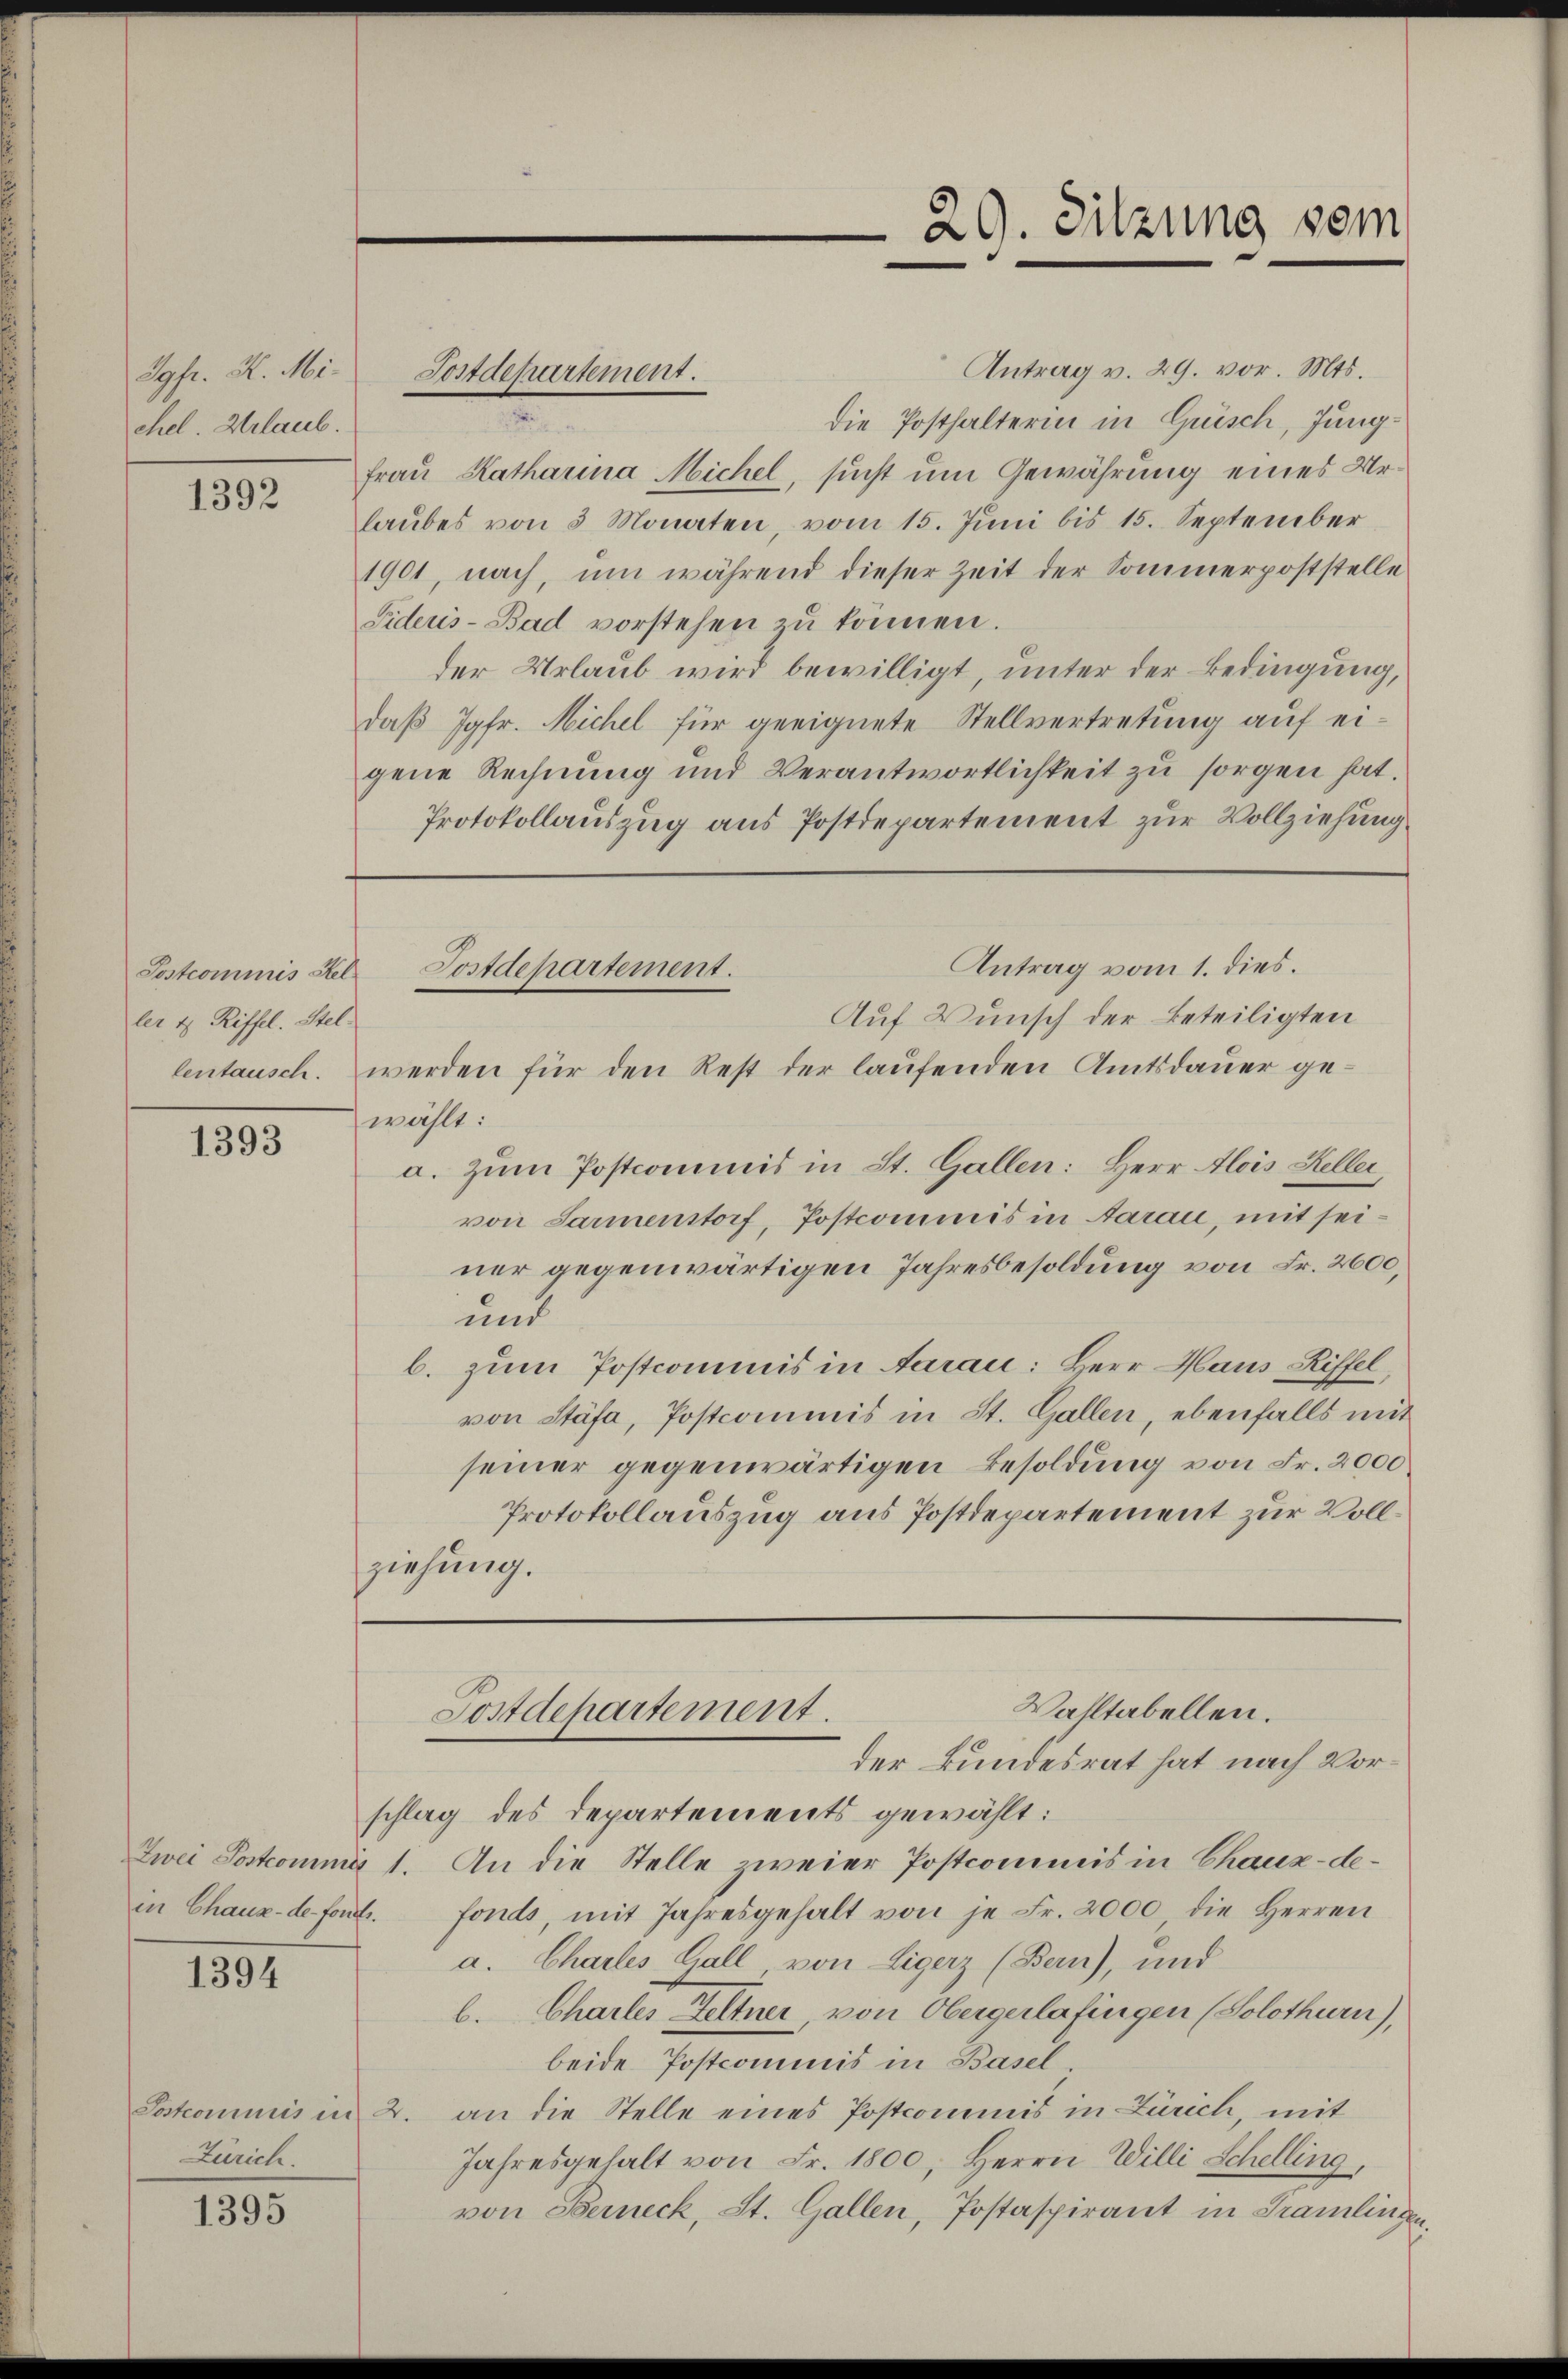
Jgfr. K. Michel. Urlaub.

1392

ler 4 Riffel. Stellentausch.

1393

1394

Zürich.

1395

Antrag v. 29. vor. Mts.
die Posthalterin in Grisch, Jung¬
Frau Katharina Michel, sucht um Gewährung eines Urlaŭbes von 3 Monaten, vom 15. Jŭni bis 15. September
1901, nach, um während dieser Zeit der Sommerpoststelle
Fideris - Bad vorstehen zu können.
der Urlaub wird bewilligt, unter der Bedingung,
daß Jgfr. Michel für geeignete Stellvertretung auf eigene Rechnung und Verantwortlichkeit zu sorgen hat.
Protokollauszug aus Postdepartement zur Vollziehung
Antrag vom 1. dies.
Auf Wunsch der Beteiligten
werden für den Rest der laufenden Amtsdauer gewählt:
a. Zum Postcommis in St. Gallen: Herr Alois Heller
von Sarmenstorf, Postcommis in Aarau, mit seiner gegenwärtigen Jahresbesoldung von Fr. 2600,
und
b. zum Postcommis in Aarau: Herr Haus Riffel,
von Stäfa, Postcommis in St. Gallen, ebenfalls mit
seiner gegenwärtigen Besoldung von Fr. 2000
Protokollauszug aus Postdepartement zur Vollziehung.
Walltabellen.
Postdepartement.
der Bundesrat hat nach Vorschlag des Departements gewählt:
Zwei Postcomma 1. An die Stelle zweier Postcommis in Chaux-de-
in Chaux-de fort. fonds, mit Jahresgehalt von je Fr. 2000 die Herren
a. Charles Gall von Ligerz (Bern), und
l. Chartes Feltner, von Obergerlafingen (Solothurn),
beide Postcommis in Basel
Postcommis in 2. an die Stelle eines Postcommis in Zürich, mit
Jahresgehalt von Fr. 1800, Herrn Willi Schelling,
von Berneck, St. Gallen, Postaspirant in Tramlingen,

Postdepartement.

Postcommis Sel Postdepartement.

29. Sitzung vom